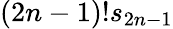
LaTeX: (2n-1)!s_{2n-1}